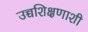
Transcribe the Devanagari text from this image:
उच्चशिक्षणाशी